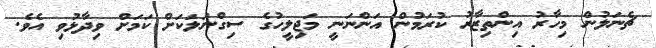
ޗެނަލުން މިހާރު އިންތިޒާރު ކުރަމުން އަންނަނީ މަޖިލީހުގެ ސިގްނަލަކަށް ކަމަށް ވިދާޅުވި އެވެ.